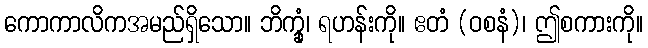
ကောကာလိကအမည်ရှိသော။ ဘိက္ခုံ၊ ရဟန်းကို။ ဧတံ (ဝစနံ)၊ ဤစကားကို။